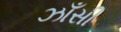
ઝાઁસી